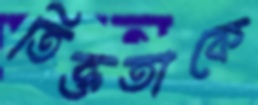
তিক্ততাকে